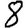
Digit: 8